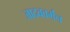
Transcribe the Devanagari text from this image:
जादववर्मन